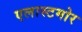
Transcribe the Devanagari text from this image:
एलास्टमोर